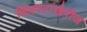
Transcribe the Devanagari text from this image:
चित्रपटांखेरीज